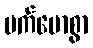
မက်မောစွာ